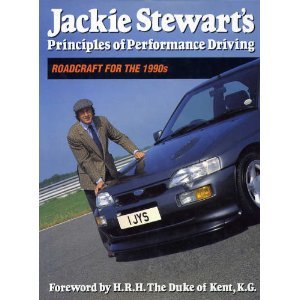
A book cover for Jackie Stewart's Principles of Performance Driving; Engineering & Transportation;